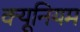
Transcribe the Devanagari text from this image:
क्यूनियम